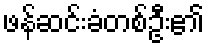
ဖန်ဆင်းခံတစ်ဦး၏